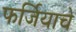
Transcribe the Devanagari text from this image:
फर्जियाचे